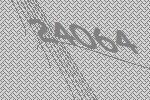
24064